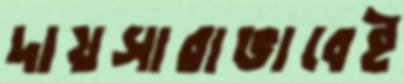
দায়সারাভাবেই